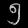
Digit: ၅